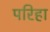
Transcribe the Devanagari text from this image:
परिहा